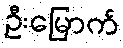
ဦးမြောက်